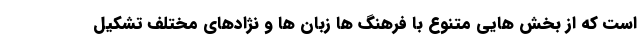
است که از بخش هایی متنوع با فرهنگ ها زبان ها و نژادهای مختلف تشکیل